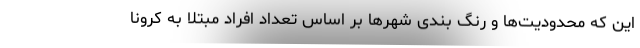
این که محدودیت‌ها و رنگ بندی شهرها بر اساس تعداد افراد مبتلا به کرونا